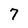
Character: 7